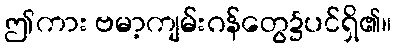
ဤကား ဗမာ့ကျမ်းဂန်တွေ၌ပင်ရှိ၏။